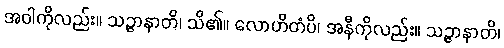
အဝါကိုလည်း။ သဉ္ဇာနာတိ၊ သိ၏။ လောဟိတံပိ၊ အနီကိုလည်း။ သဉ္ဇာနာတိ၊